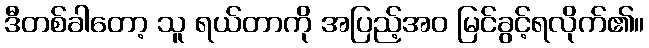
ဒီတစ်ခါတော့ သူ ရယ်တာကို အပြည့်အဝ မြင်ခွင့်ရလိုက်၏။